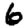
Digit: 6